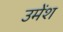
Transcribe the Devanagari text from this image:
उमेंश